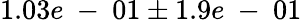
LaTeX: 1.03e\mathrm{~-~}01\pm 1.9e\mathrm{~-~}01